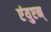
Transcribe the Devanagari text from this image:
एंयुएन्